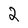
Character: 2